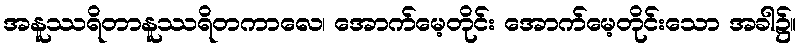
အနူဿရိတာနူဿရိတကာလေ၊ အောက်မေ့တိုင်း အောက်မေ့တိုင်းသော အခါ၌။